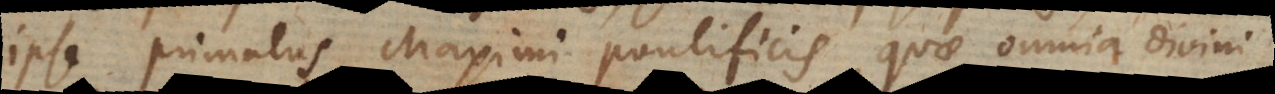
ipse primatus Maximi Pontificis, quae omnia divini